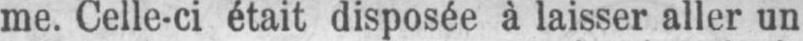
me. Celle-ci était disposée à laisser aller un